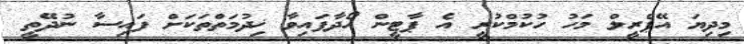
މިދިޔަ އޭޕްރީލް މަހު ހުކުމްކުރީ އެ ޕާޓީން ހޯދާފައިވާ ޚިދުމަތްތަކަށް ފައިސާ ނުދޭތީ